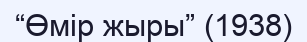
“Өмір жыры” (1938)